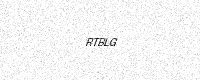
Text: RTBLG